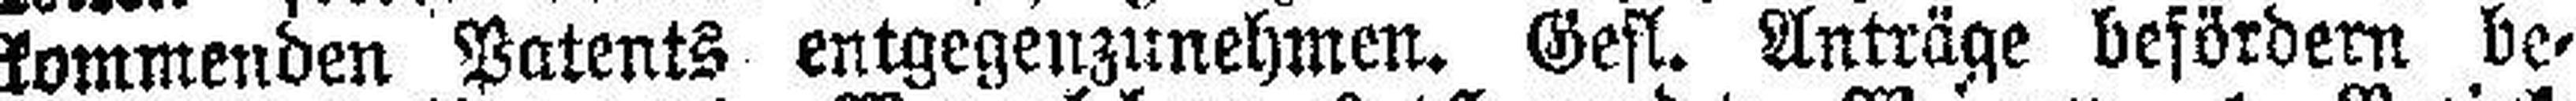
kommenden Patents entgegenzunehmen. Gest. Anträge befördern be¬